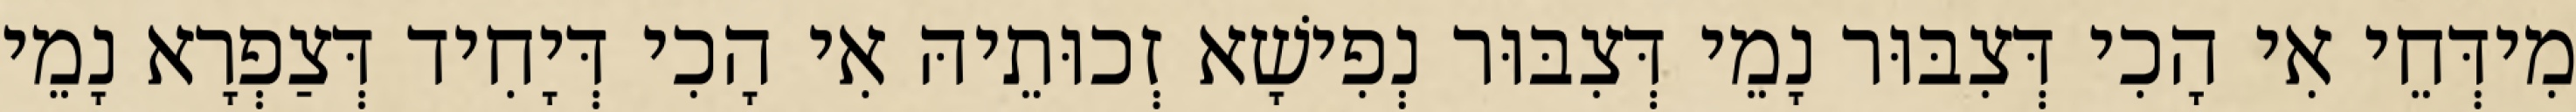
מִידְּחֵי אִי הָכִי דְּצִבּוּר נָמֵי דְּצִבּוּר נְפִישָׁא זְכוּתֵיהּ אִי הָכִי דְּיָחִיד דְּצַפְרָא נָמֵי